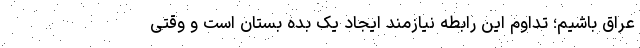
عراق باشیم؛ تداوم این رابطه نیازمند ایجاد یک بده بستان است و وقتی